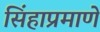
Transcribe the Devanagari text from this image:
सिंहाप्रमाणे